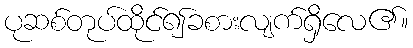
ပုဆစ်တုပ်ထိုင်၍ခစားလျက်ရှိလေ၏။